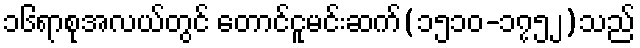
၁၆ရာစုအလယ်တွင် တောင်ငူမင်းဆက်(၁၅၁၀-၁၇၅၂)သည်